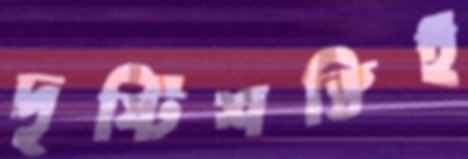
দৃষ্টিশক্তিই